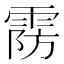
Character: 𱁚